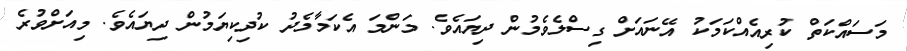
މަސައްކަތް ކުރިއެއްކަމަކު އޭނައަށް ގިސްލެވެމުން ދިޔައެވެ. މަންމަ އެކަމާމެދު ކުދިކިޔަމުން ދިޔައެވެ. މިއަށްވުރެ